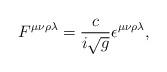
LaTeX: \begin{align*}F^{\mu\nu\rho\lambda} = \frac{c}{i \sqrt{g}}\epsilon^{\mu\nu\rho\lambda},\end{align*}